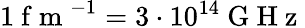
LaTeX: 1\mathrm{~f~m~}^{-1}=3\cdot 10^{14}\mathrm{~G~H~z~}